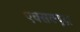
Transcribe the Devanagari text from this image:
एक्सक्यूज़